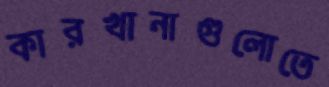
কারখানাগুলোতে